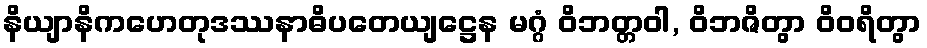
နိယျာနိကဟေတုဒဿနာဓိပတေယျဋ္ဌေန မဂ္ဂံ ဝိဘတ္တဝါ, ဝိဘဇိတွာ ဝိဝရိတွာ